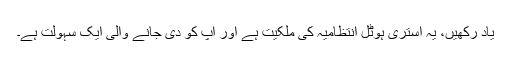
یاد رکھیں، یہ استری ہوٹل انتظامیہ کی ملکیت ہے اور آپ کو دی جانے والی ایک سہولت ہے۔